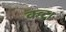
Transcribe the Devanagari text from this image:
कटु।